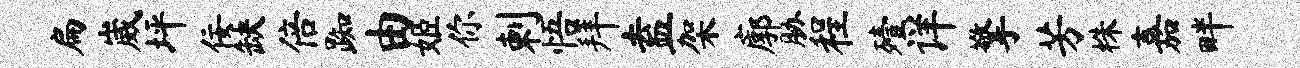
扁崴坪佞缺倍踟由姬你剌悟拜盍架廓胁程殪详擎芳株嘉畔